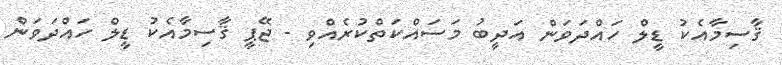
ޤާސިމާއެކު ޑީލް ހައްދަވަން އަދީބު މަސައްކަތްކުރެއްވި - ޖޭޕީ ޤާސިމާއެކު ޑީލް ހައްދަވަން